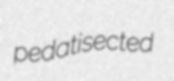
pedatisected